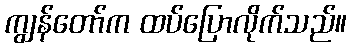
ကျွန်တော်က ထပ်ပြောလိုက်သည်။